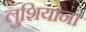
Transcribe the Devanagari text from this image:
लुशियाना